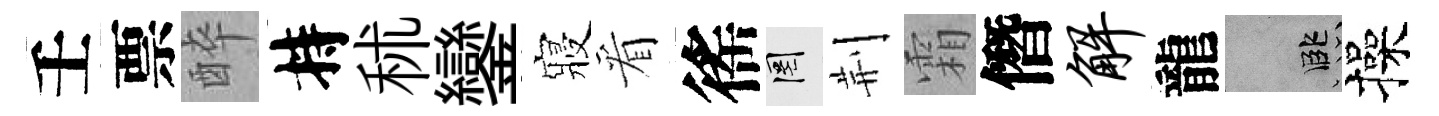
壬票醉持秫鑾寢看徭罔荆霜僭解龍孟操